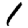
Digit: 1